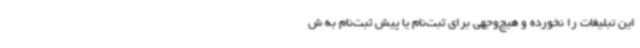
این تبلیغات را نخورده و هیچ‌وجهی برای ثبت‌نام یا پیش ثبت‌نام به ش